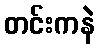
တင်းကနဲ